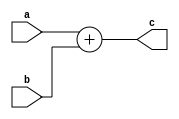
`timescale 1ns / 1ps
//////////////////////////////////////////////////////////////////////////////////
// Company: 
// Engineer: 
// 
// Design Name: 
// Module Name: half_adder_4bit
// Project Name: 
// Target Devices: 
// Tool Versions: 
// Description: 
// 
// Dependencies: 
// 
// Revision:
// Revision 0.01 - File Created
// Additional Comments:
// 
//////////////////////////////////////////////////////////////////////////////////


module half_adder_4bit(
    input [3:0] a,
    input [3:0] b,
    output [3:0] c
    );
    assign c =a+b;
endmodule